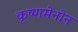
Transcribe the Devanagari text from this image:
कृष्णमेनोन